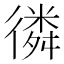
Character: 𢕸